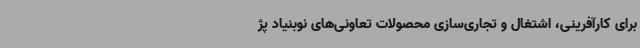
برای کارآفرینی، اشتغال و تجاری‌سازی محصولات تعاونی‌های نوبنیاد پژ